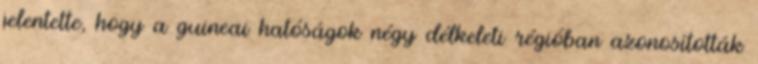
jelentette, hogy a guineai hatóságok négy délkeleti régióban azonosították